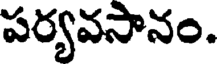
పర్యవసానం.